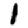
Digit: 1